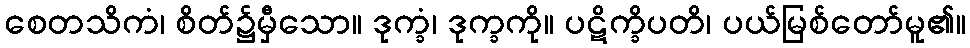
စေတသိကံ၊ စိတ်၌မှီသော။ ဒုက္ခံ၊ ဒုက္ခကို။ ပဋိက္ခိပတိ၊ ပယ်မြစ်တော်မူ၏။